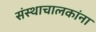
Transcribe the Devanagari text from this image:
संस्थाचालकांना